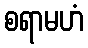
စရာမဟံ